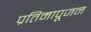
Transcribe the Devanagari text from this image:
प्रतिमापूजन